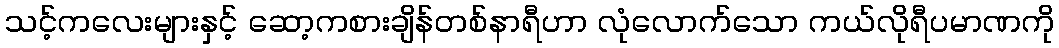
သင့်ကလေးများနှင့် ဆော့ကစားချိန်တစ်နာရီဟာ လုံလောက်သော ကယ်လိုရီပမာဏကို